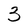
Character: 3